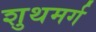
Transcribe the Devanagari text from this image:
शुथमर्ग